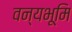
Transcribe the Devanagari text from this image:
वन्यभूमि